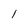
Character: 1